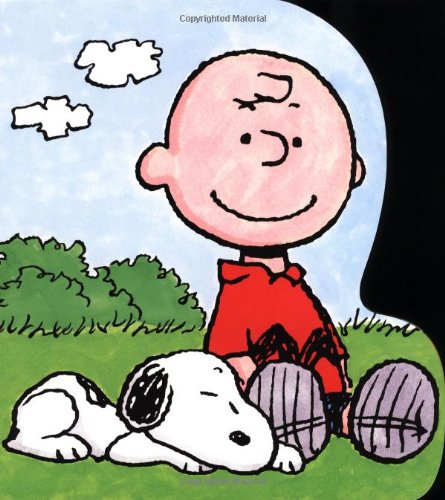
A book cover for Charlie Brown & Snoopy; Charles M. Schulz; Children's Books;